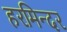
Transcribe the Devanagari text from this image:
हरमिन्दर